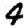
Digit: 4